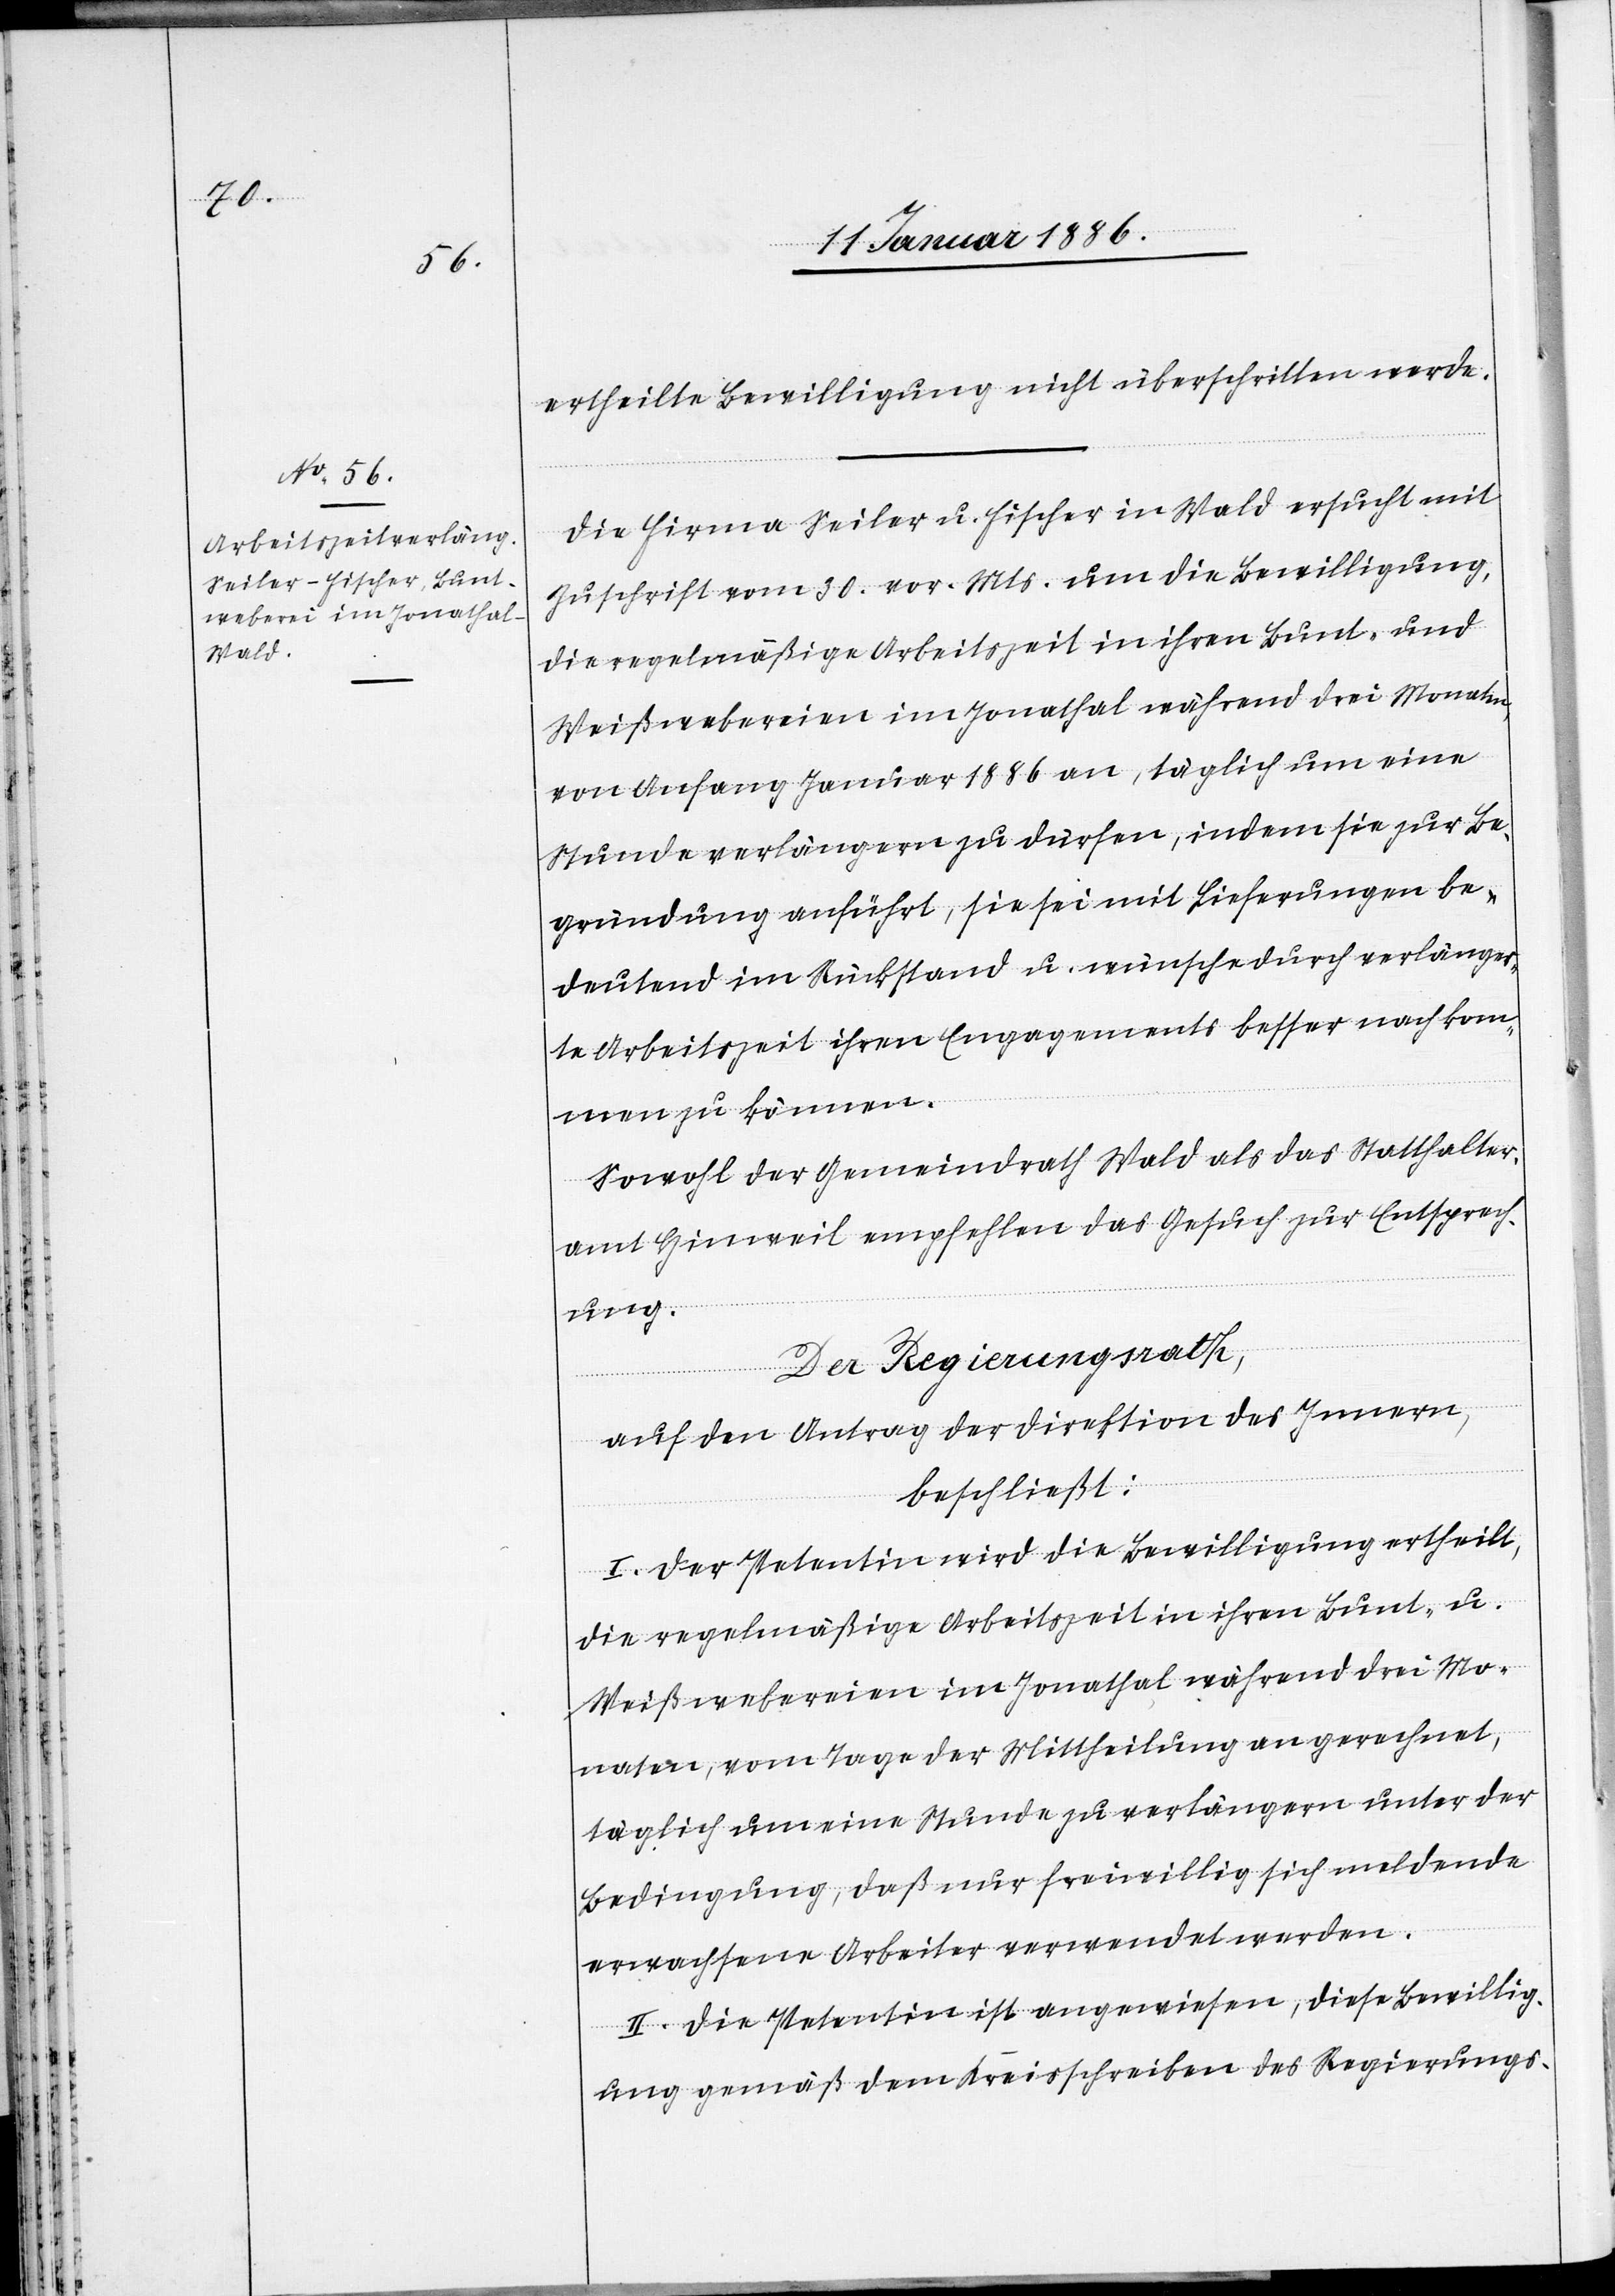
ertheilte Bewilligung nicht überschritten werde.
Die Firma Seiler u. Fischer in Wald ersucht mit
Zuschrift vom 30. vor. Mts. um die Bewilligung,
die regelmäßige Arbeitszeit in ihren Bund- und
Weißwebereien im Jonathal während drei Monaten,
von Anfang Januar 1886 an, täglich um eine
Stunde verlängern zu dürfen, indem sie zur Be¬
gründung anführt, sie sei mit Lieferungen be¬
deutend im Rückstand u. wünsche durch verlänger¬
te Arbeitszeit ihren Engagements besser nachkom¬
men zu können.
Sowol der Gemeindrath Wald als das Statthalter¬
amt Hinweil empfehlen das Gesuch zur Entsprech¬
ung.
Der Regierungsrath,
auf den Antrag der Direktion des Innern,
beschließt:
I. Der Petentin wird die Bewilligung ertheilt,
die regelmäßige Arbeitszeit in ihren Bund- u.
Weißwebereien im Jonathal während drei Mo¬
naten, vom Tage der Mittheilung an gerechnet,
täglich um eine Stunde zu verlängern unter der
Bedingung, daß nur freiwillig sich meldende
erwachsene Arbeiter verwendet werden.
II. Die Petentin ist angewiesen, diese Bewillig¬
ung gemäß dem Kreisschreiben des Regierungs-